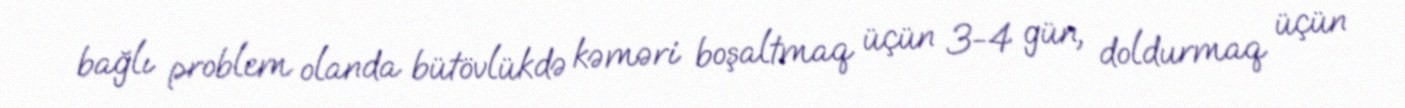
bağlı problem olanda bütövlükdə kəməri boşaltmaq üçün 3-4 gün, doldurmaq üçün